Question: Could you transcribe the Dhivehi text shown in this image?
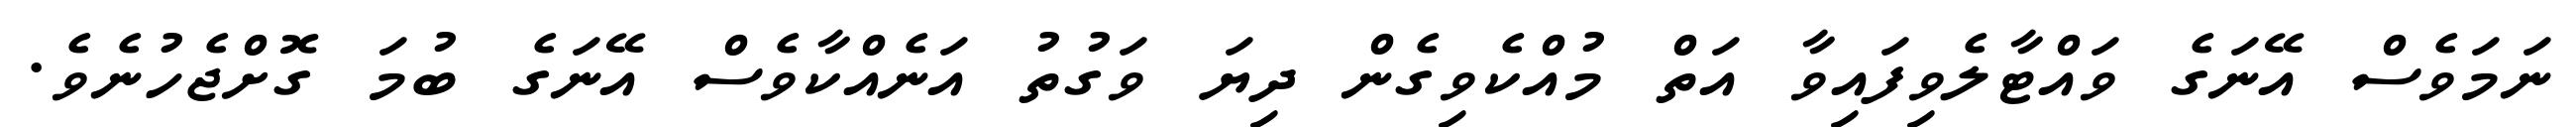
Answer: ނަމަވެސް އޭނަގެ ވައްޓާލެވިފައިވާ އަތް މުއްކެވިގެން ދިޔަ ވަގުތު އަނެއްކާވެސް އޭނަގެ ބުމަ ގޮށްޖެހުނެވެ.